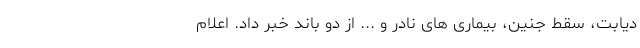
دیابت، سقط جنین، بیماری های نادر و ... از دو باند خبر داد. اعلام